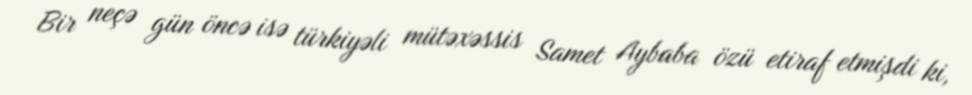
Bir neçə gün öncə isə türkiyəli mütəxəssis Samet Aybaba özü etiraf etmişdi ki,